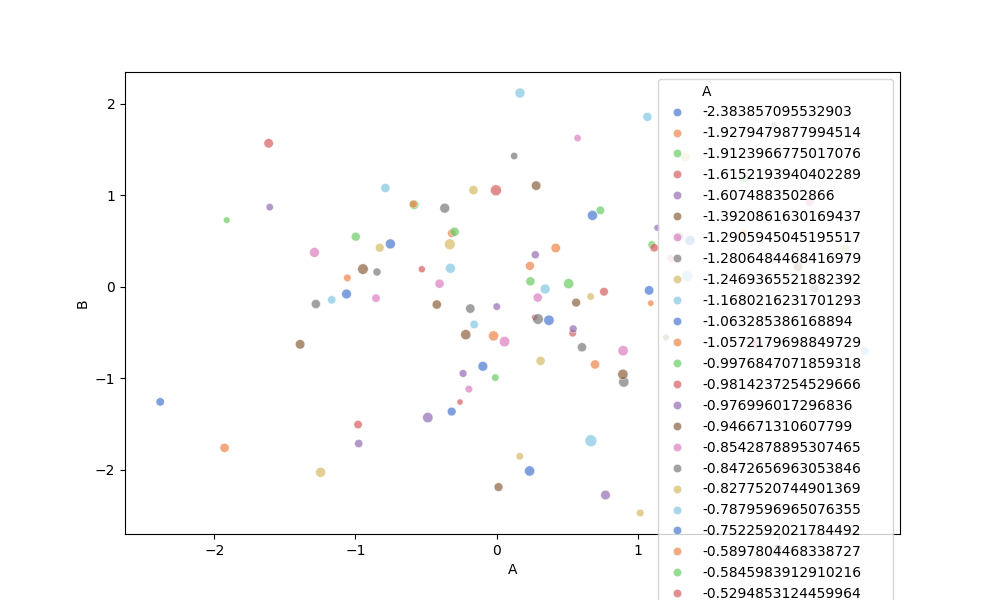
python, seaborn, scatterplot, hue='A', style='None', size='C', palette='muted', alpha=0.7